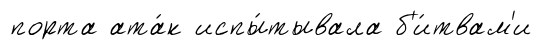
порта ата́к испы́тывала б'и́твам'и